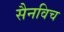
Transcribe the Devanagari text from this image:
सैनविच